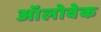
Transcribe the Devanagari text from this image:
ऑलोवेक